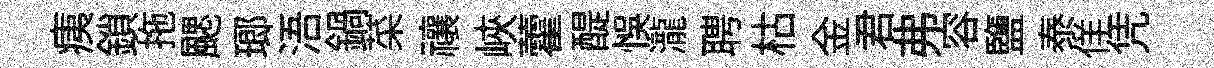
痍鎖拖颸瑯浯鍋菜禳峽藿醍悞瀧聘枯金君弗容鹽泰佯凭